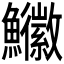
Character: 𩽚